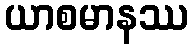
ယာစမာနဿ